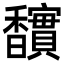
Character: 𮩱